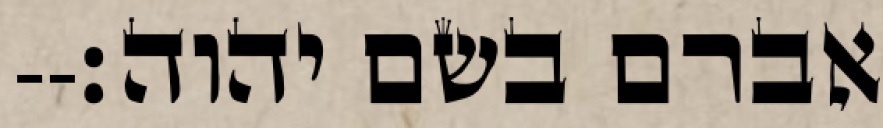
אברם בשם יהוה׃--